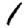
Digit: 1